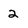
Character: 2